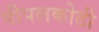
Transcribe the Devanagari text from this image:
पीपलकोठी